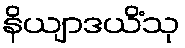
နိယျာဒယိံသု